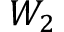
W _ { 2 }